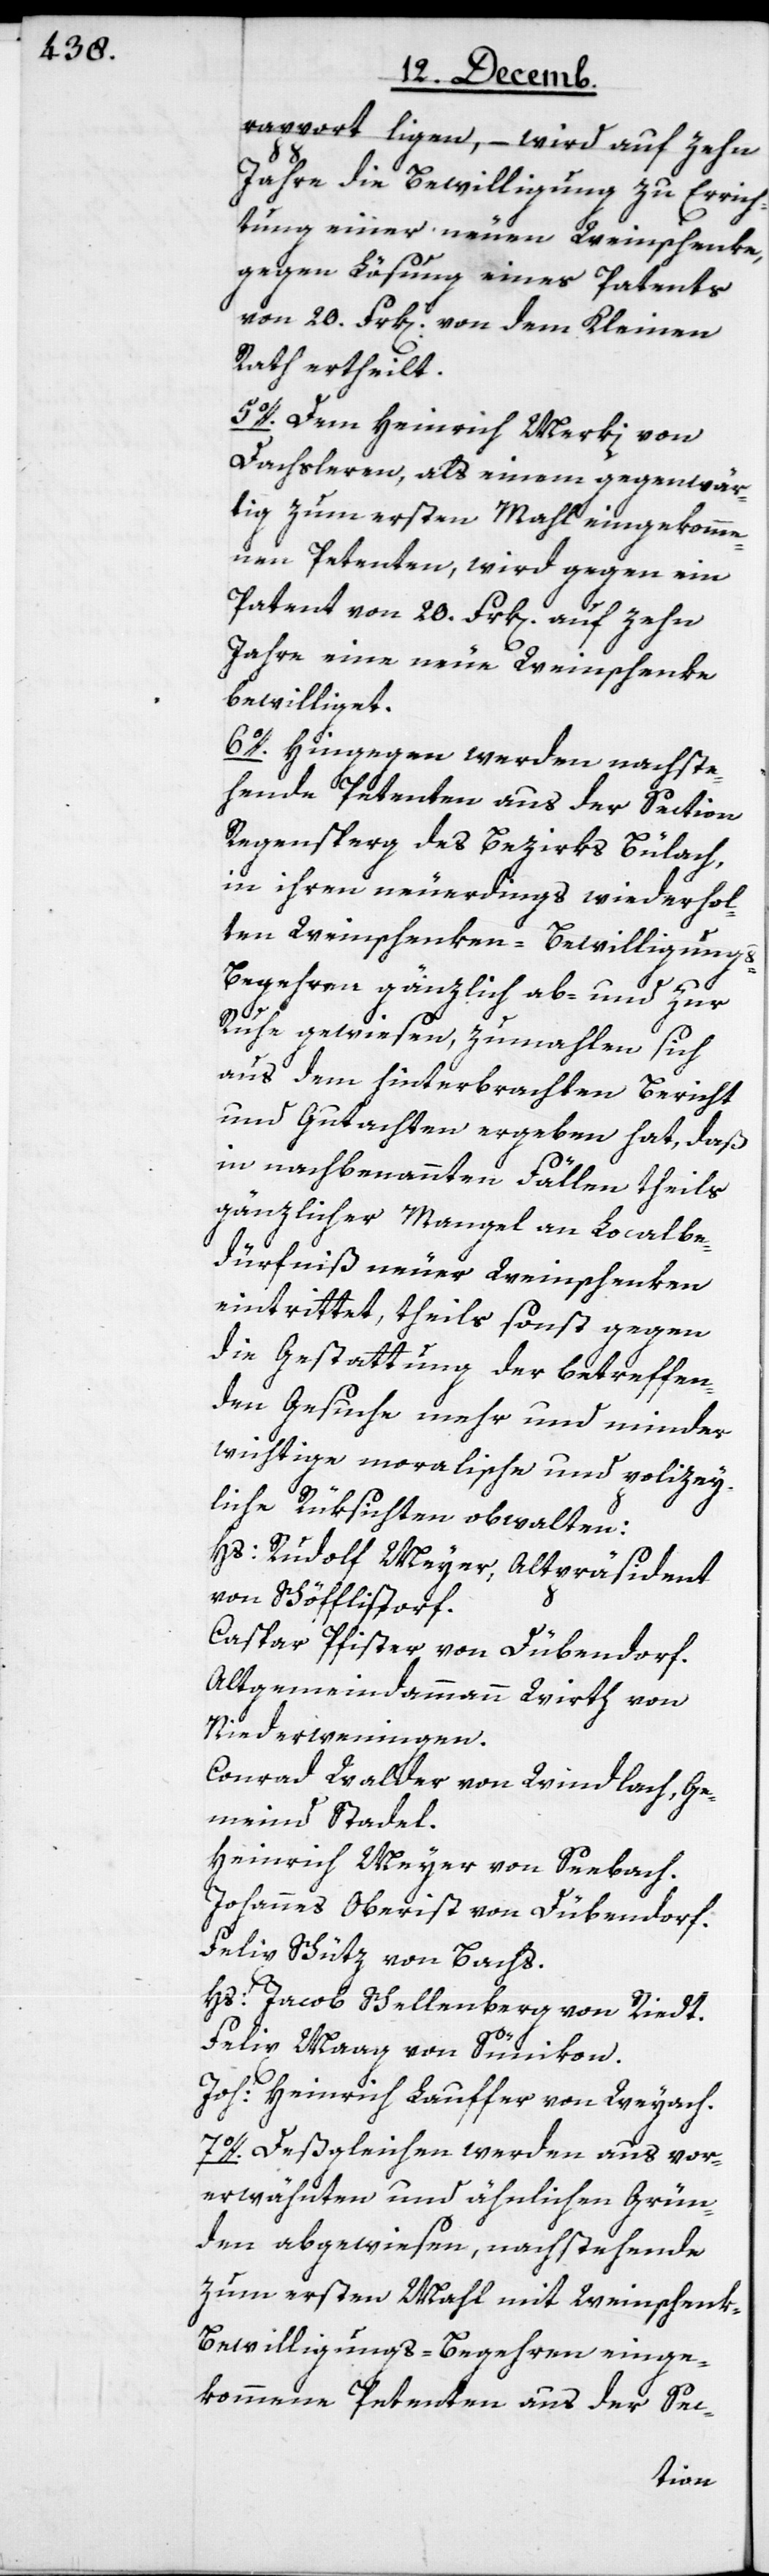
rapport ligen, – wird auf zehn
Jahre die Bewilligung zu Errich¬
tung einer neuen Weinschenke,
gegen Lösung eines Patents
von 20. Frk[en]. von dem Kleinen
Rath ertheilt.
5o. Dem Heinrich Merki von
Dachsleren, als einem gegenwär¬
tig zum ersten Mahl eingekomme¬
nen Petenten, wird gegen ein
Patent von 20. Frk[en]. auf zehn
Jahre eine neue Weinschenke
bewilliget.
6o. Hingegen werden nachste¬
hende Petenten aus der Section
Regensperg des Bezirks Bülach,
in ihren neuerdings wiederhol¬
ten Weinschenken-Bewilligung¬
s-Begehren gänzlich ab- und zur
Ruhe gewiesen, zumahlen sich
aus dem hinterbrachten Bericht
und Gutachten ergeben hat, daß
in nachbenannten Fällen theils
gänzlicher Mangel an Localbe¬
dürfniß neuer Weinschenken
eintrittet, theils sonst gegen
die Gestattung der betreffen¬
den Gesuche mehr und minder
wichtige moralische und polizey¬
liche Rüksichten obwalten:
Hs. Rudolf Meyer, Altpräsident
von Schöfflistorf.
Caspar Pfister von Dübendorf.
Altgemeindammann Wirth von
Niederwenigen.
Conrad Walter von Windlach, Ge¬
meind Stadel.
Heinrich Meyer von Seebach.
Johannes Oberist von Dübendorf.
Felix Schütz von Bachs.
Hs. Jacob Schellenberg von Riedt.
Felix Maag von Sünikon.
Joh. Heinrich Lauffer von Weyach.
7o. Deßgleichen werden aus vor¬
erwähnten und ähnlichen Grün¬
den abgewiesen, nachstehende
zum ersten Mahl mit Weinschen¬
k-Bewilligungs-Begehren einge¬
kommene Petenten aus der Sec-